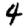
Digit: 4